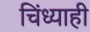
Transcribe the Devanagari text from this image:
चिंध्याही